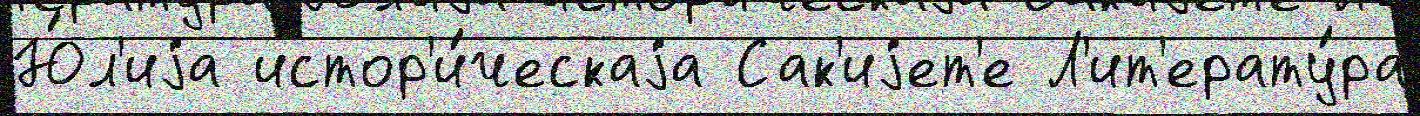
Ю́л'иjа истор'и́ческаjа Сак'иjет'е Л'ит'ерату́ра